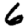
Digit: 6